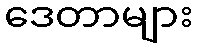
ဒေတာများ